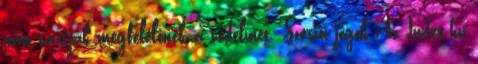
nem tartják megfelelőnek a védelmet. Szerzői jogok Az Index.hu